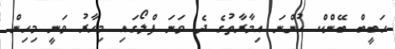
ހަބީބް ބޭންކް ހުންނަ އިމާރާތުގެ ދެ ވަނަ ފްލޯގައި މިހާރު ވަނީ މިހިން